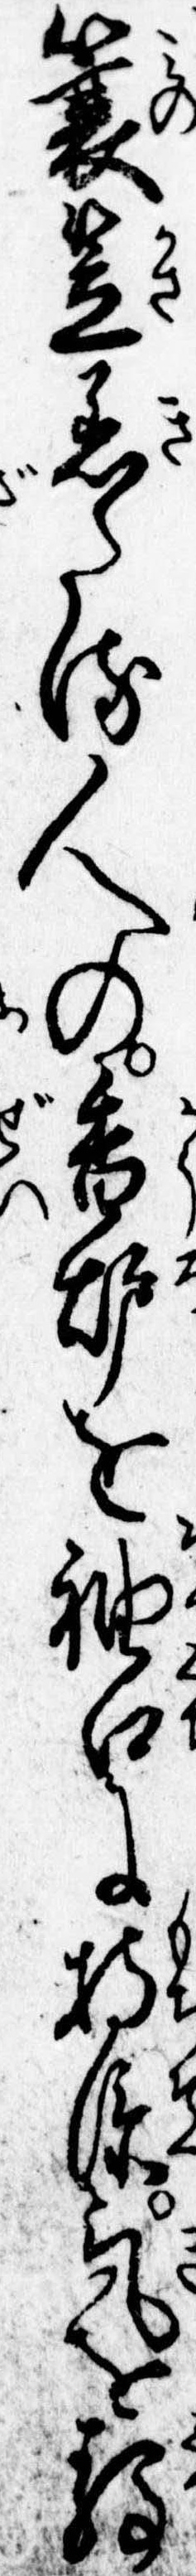
簑笠着たる人の香炉を袖口に持添気を静